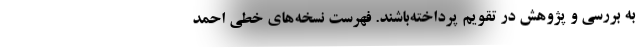
به بررسی و پژوهش در تقویم پرداخته‌باشند. فهرست نسخه‌های خطی احمد